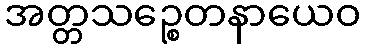
အတ္တသဉ္စေတနာယေဝ